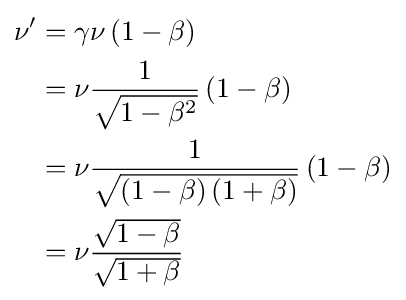
{\begin{aligned}\nu '&=\gamma \nu \left(1-\beta \right)\\&=\nu {\frac {1}{\sqrt {1-\beta ^{2}}}}\left(1-\beta \right)\\&=\nu {\frac {1}{\sqrt {\left(1-\beta \right)\left(1+\beta \right)}}}\left(1-\beta \right)\\&=\nu {\frac {\sqrt {1-\beta }}{\sqrt {1+\beta }}}\end{aligned}}